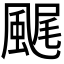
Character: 𩗘